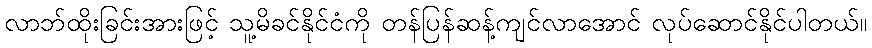
လာဘ်ထိုးခြင်းအားဖြင့် သူ့မိခင်နိုင်ငံကို တန်ပြန်ဆန့်ကျင်လာအောင် လုပ်ဆောင်နိုင်ပါတယ်။